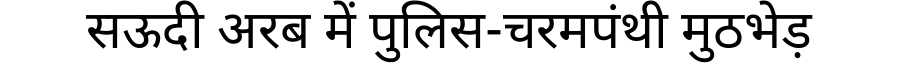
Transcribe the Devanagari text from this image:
सऊदी अरब में पुलिस-चरमपंथी मुठभेड़